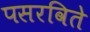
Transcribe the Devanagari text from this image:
पसरविते